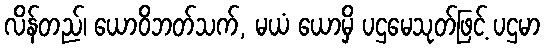
လိန်တည်၊ ယောဝိဘတ်သက်, မယံ ယောမှိ ပဌမေသုတ်ဖြင့် ပဌမာ